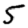
Digit: 5